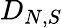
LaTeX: D_{N,S}